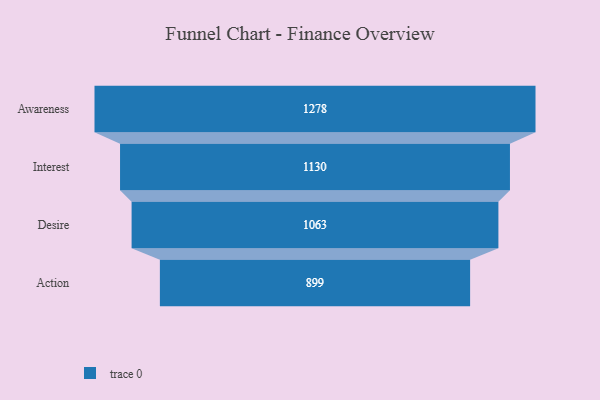
{"axis": {"x": "Stage", "y": "Value"}, "legend": [""], "data": [{"x": "Awareness", "y": 1278.0, "type": ""}, {"x": "Interest", "y": 1130.0, "type": ""}, {"x": "Desire", "y": 1063.0, "type": ""}, {"x": "Action", "y": 899.0, "type": ""}]}